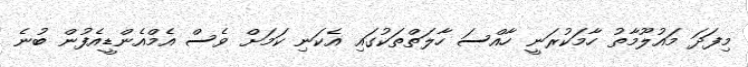
މިފަދަ މައުލޫމާތު ހާމަކުރަނީ ހާއްސަ ހާލަތްތަކުގައި އެކަނި ކަމަށް ވެސް އެމްއެންޑީއެފުން ބުނެ